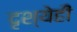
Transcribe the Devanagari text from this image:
दृश्येही